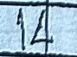
14